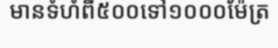
មានទំហំពី៥០០ទៅ១០០០ម៉ែត្រ